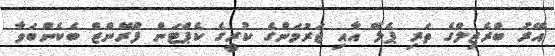
އޭރު ބްރެޒިލްގެ ތަރި ޕެލޭ އާއި ޖަރުމަންގެ ކުރީގެ ކެޕްޓަން ފްރޭންޒް ބެކެންބަވާ